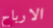
الارباح